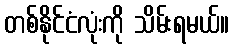
တစ်နိုင်ငံလုံးကို သိမ်းရမယ်။